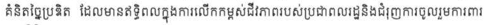
គំនិតច្នៃប្រឌិត ដែលមានឥទ្ធិពលក្នុងការលើកកម្ពស់ជីវភាពរបស់ប្រជាពលរដ្ឋនិងជំរុញការចូលរួមការពារ